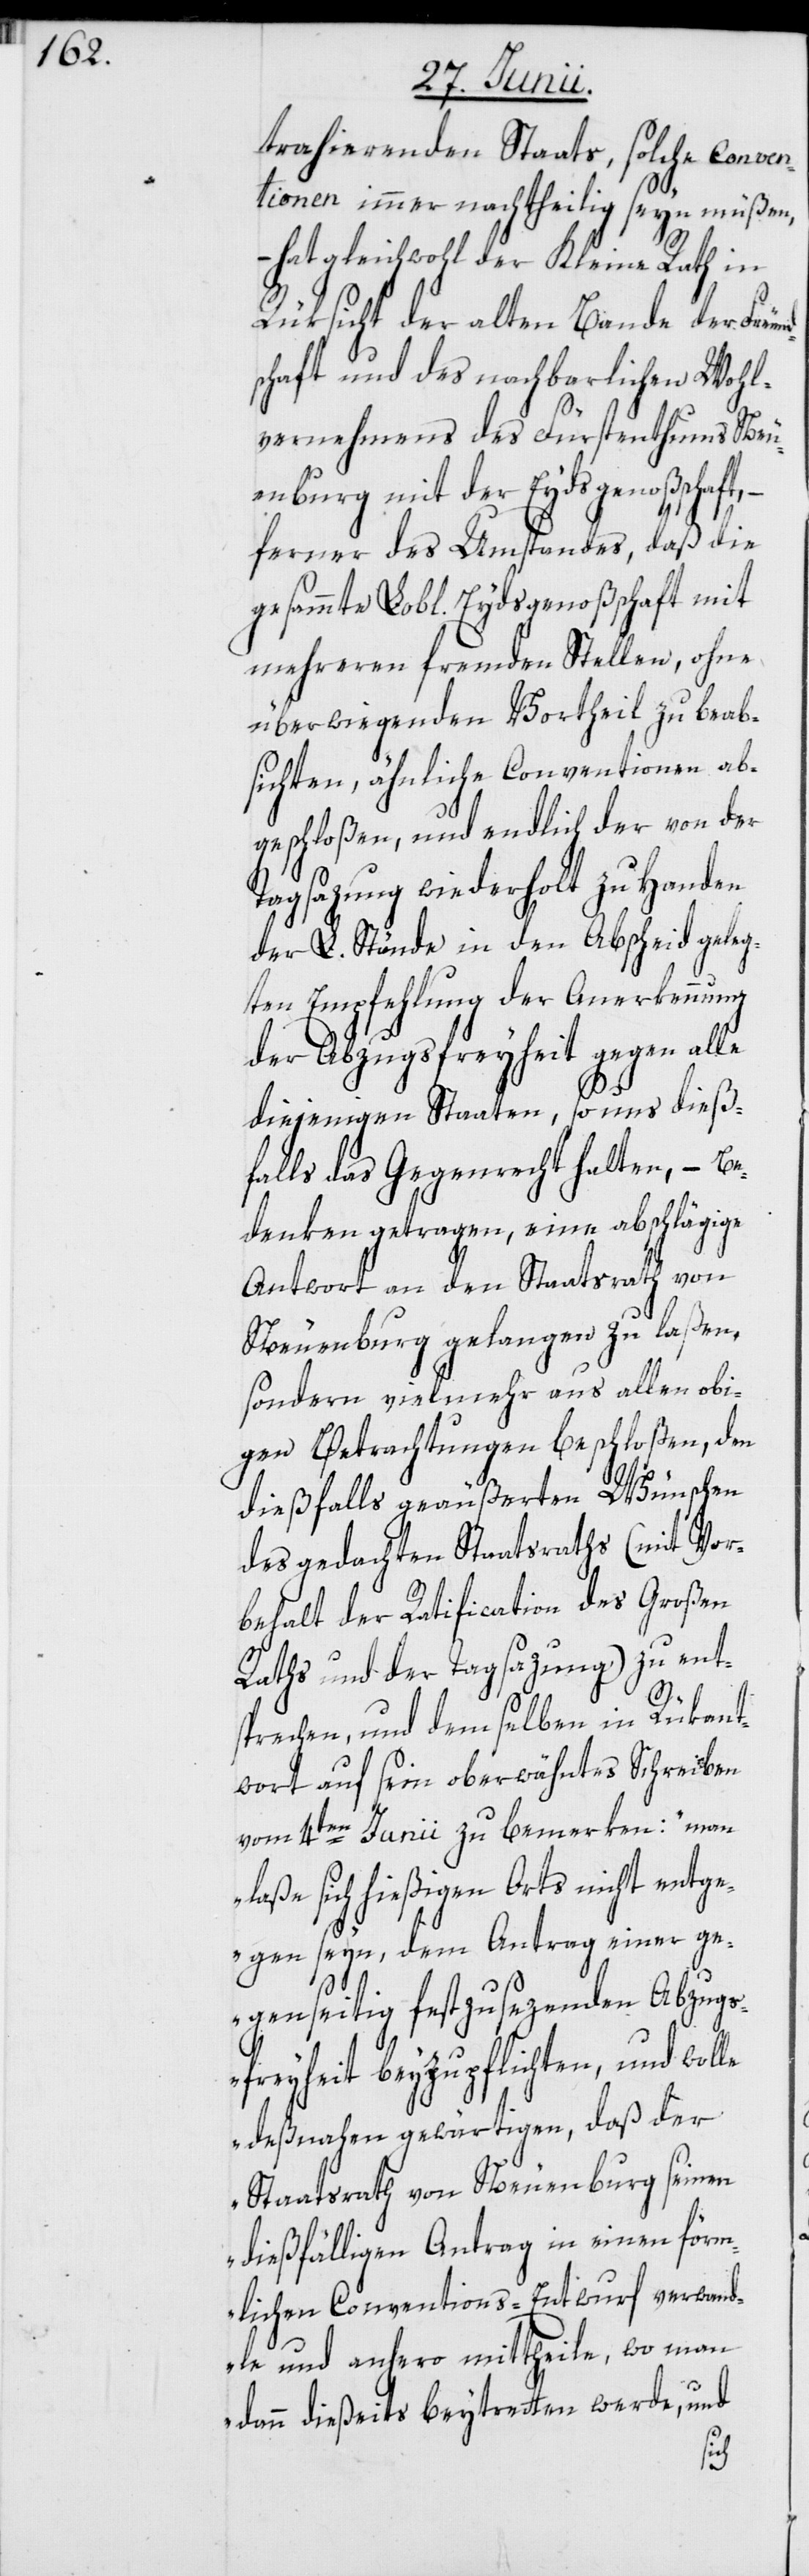
trahierenden Staats, solche Conven¬
tionen immer nachtheilig seyn müßen,
– hat gleichwohl der Kleine Rath in
Rüksicht der alten Bande der Freund¬
schaft und des nachbarlichen Wohl¬
vernehmens des Fürstenthums Neu¬
enburg mit der Eydsgenoßschaft,
ferner des Umstandes, daß die
gesammte Lobl. Eydsgenoßschaft mit
mehreren fremden Stellen, ohne
überwiegenden Vortheil zu beab¬
sichten, ähnliche Conventionen ab¬
geschloßen, und endlich der von der
Tagsazung wiederholt zu Handen
der L. Stände in den Abscheid geleg¬
ten Empfehlung der Anerkennung
der Abzugsfreyheit gegen alle
diejenigen Staaten, so uns dieß¬
falls das Gegenrecht halten, – Be¬
denken getragen, eine abschlägige
Antwort an den Staatsrath von
Neuenburg gelangen zu laßen,
sondern vielmehr aus allen obi¬
gen Betrachtungen beschloßen, den
dießfalls geäußerten Wünschen
des gedachten Staatsraths (mit Vor¬
behalt der Ratification des Großen
Raths und der Tagsazung) zu ent¬
sprechen, und demselben in Rükant¬
wort auf sein oberwähntes Schreiben
vom 4ten Junii zu bemerken: „man
laße sich hießigen Orts nicht entge¬
gen seyn, dem Antrag einer ge¬
genseitig festzusezenden Abzug¬
sfreyheit beyzupflichten, und wolle
deßnahen gewärtigen, daß der
Staatsrath von Neuenburg seinen
dießfälligen Antrag in einen förm¬
lichen Conventions-Entwurf verwand¬
le und anhero mittheile, wo man
dann dießeits beytretten werde, und